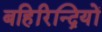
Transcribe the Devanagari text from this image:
बहिरिन्द्रियों